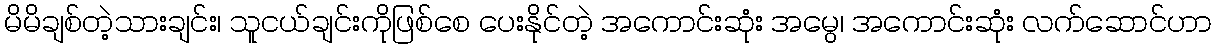
မိမိချစ်တဲ့သားချင်း၊ သူငယ်ချင်းကိုဖြစ်စေ ပေးနိုင်တဲ့ အကောင်းဆုံး အမွေ၊ အကောင်းဆုံး လက်ဆောင်ဟာ